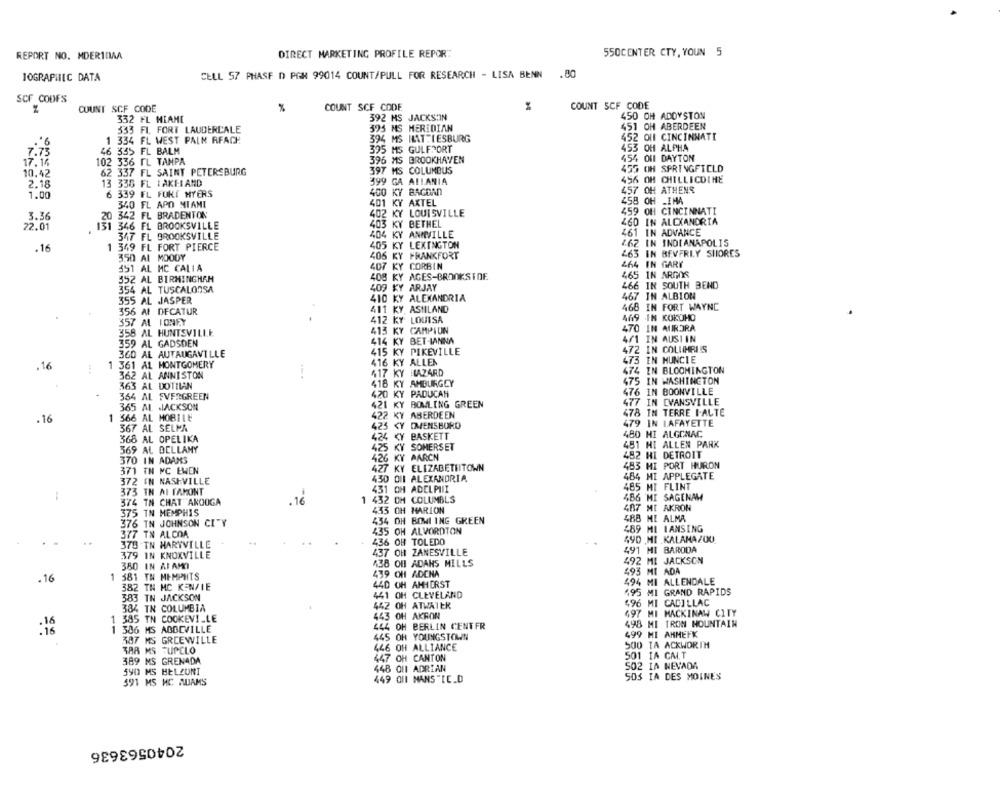
REPORT NO. MDERIDAA
DIRECT MARKETING PROFILE REPOR:
550CENTER CTY, YOUN 5
10GRAPHIC DATA
CELL 57 PHASE D PGN 99014 COUNT/PULL FOR RESEARCH - LISA BENN
.80
SCF CODES
COUNT SCF CODE
%
COUNT SCF CODE
COUNT SCF CODE
332 FL MIAME
392 HS JACKS'IN
450 OH ADOYSTON
395 MS MERIDIAN
451 OH ABERDEEN
333 FI, FORT LAUDERDALE
.* 6
1 334 FL WEST PAIN RFACH
394 MS HATTIESBURG
452 ON CINCINNATI
7.73
46 335 FL BALM
395 MS GULFPORT
453 OH ALPHA
396 MS BROOKHAVEN
454 Of1 DAYTON
17.15
102 336 TL TAMPA
455 OH SPRINGFIELD
10.42
62 337 FL SAINT PETERSBURG
397 MS COLUMBUS
13 336 FL LAKELAND
199
GA ALLANIA
456 OH CHILLICOTHE
2.18
400
KY BAGDAD
457 OH ATHENS
1.00
6 339 FL FORT MYERS
340 FL APO MIANI
401
KY
AXTEL
458 OH _IMA
02
KY LOUISVILLE
459 OH CINCINNATI
3.36
20 342 FL BRADENTON
KY BETHEL
460 IN ALEXANDRIA
22.01
1 346 FL BROOKSVILLE
347 FL BROOKSVILLE
404
KY ANMVILLE
461 IN ADVANCE
405 KY LEXINGTON
462 IN INDIANAPOLIS
.16
1 349 FL FORT PIERCE
406 KY FRANKFORT
463 IN BEVERLY SHORES
350 AL MOODY
351 AL MC CALIA
407 KY CORBIN
464 IN GARY
408 KY AGES-BROOKSIDE
465 IN ARGOS
352 AL BIRMINGHAM
466 IN SOUTH BEND
354 AL TUSCALOOSA
409 KY ARJAY
355 AL JASPER
410 KY ALEXANDRIA
467 IN ALBION
411 KY, ASHILAND
468 IN FORT WAYNE
356 AI DECATUR
469 IN KOKOHO
357 AL IONEY
412 KY LOUISA
358 AL HUNTSVILLE
413 KY CAMPIUN
470 IN AURORA
414 KY BET-IANNA
4/1 IN AUSI IN
359 AL GADSDEN
472 IN COLUMRIIS
360 AL AUTAUGAVILLE
415 KY PIKEVILLE
16
1 361 AL MONTGOMERY
416 KY ALLEN
473 IN MUNCIE
i
474 IN BLOOMINGTON
362 AL ANNISTON
417 KY HAZARD
475 IN WASHINGTON
363 AL DOTILAN
418 KY AMBURGCY
364 AL EVERGREEN
420 KY PADUCAH
476 IN BOONVILLE
421 KY BOWLING GREEN
477 IN EVANSVILLE
365 AL JACKSON
478 IN TERRE I-ALTE
.16
1 566 AL MOBILE
22 KY ABERDEEN
367 AL SELMA
125 CY DMENSBORO
479 IN LAFAYETTE
,24 KY BASKETT
480 HI ALGONAC
368 AL OPELIKA
481 HI ALLEN PARK
369 AL BELLAMY
125 KY SOMERSET
370 IN ADAMS
426 KY AARCN
482 HI DETROIT
427 KY ELIZABETHTOWN
483 MI PORT HURON
371 TH MC EWEN
464 MI APPLEGATE
372 IN NASHVILLE
430 OUI ALEXANDRIA
373 TH AI FAMONT
431 OH ADELPHII
485 MI FLINT
. 16
432 OM COLUMBLS
486 MI SAGENAM
374 TH CHAT ANOOGA
-
487 MI AKRON
375 TN MEMPHIS
435 OH MARION
376 TN JOHNSON CITY
434 OH BOWLING GREEN
488 ME ALMA
435 OH ALVORDTON
489 MI LANSING
377 TH ALCOA
490 MI KALAMAZOU
..
375 TN HARYVILLE
436 OH TOLEDO
379 IN KNOXVILLE
437 OH ZANESVILLE
491 MI BARODA
438 OH ADANS MILLS
492 MI JACKSON
380 IN AF AMI
493 MI ADA
.16
381 TH MEMPHIS
439 OH ADCNA
440 OH AMHERST
494 MI ALLENDALE
382 TH MC KENZIE
441 OH CLEVELAND
195 MI GRAND RAPIDS
383 TH JACKSON
496 MI CADILLAC
384 TH COLUMBIA
442 OH ATWATER
1 385 TN COOKEVILLE
443
443 OH AKRON
497 MI MACKINAW CITY
444 OH BERLIN CENTFR
498 MI IRON MOUNTAIN
:18
1 386 MS ABBEVILLE
499 MI AHMEFK
387 MS GRCEWILLE
445 OH YOUNGSTOWN
TAR MS TUPELO
446 OH ALLIANCE
500 TA ACKWORTH
447 OH CANTON
501 IA CAIT
389 MS GRENADA
SO2 IA NEVADA
590 MS BELZUNI
448 ON1 ADRIAN
591 MS HC AUAMS
449 OHI MANS "IC.D
503 IA DES MOINES
2040563636